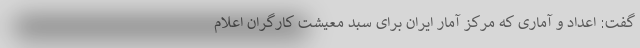
گفت: اعداد و آماری که مرکز آمار ایران برای سبد معیشت کارگران اعلام